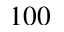
1 0 0